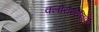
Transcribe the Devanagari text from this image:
क्लोरोस्टैनिक